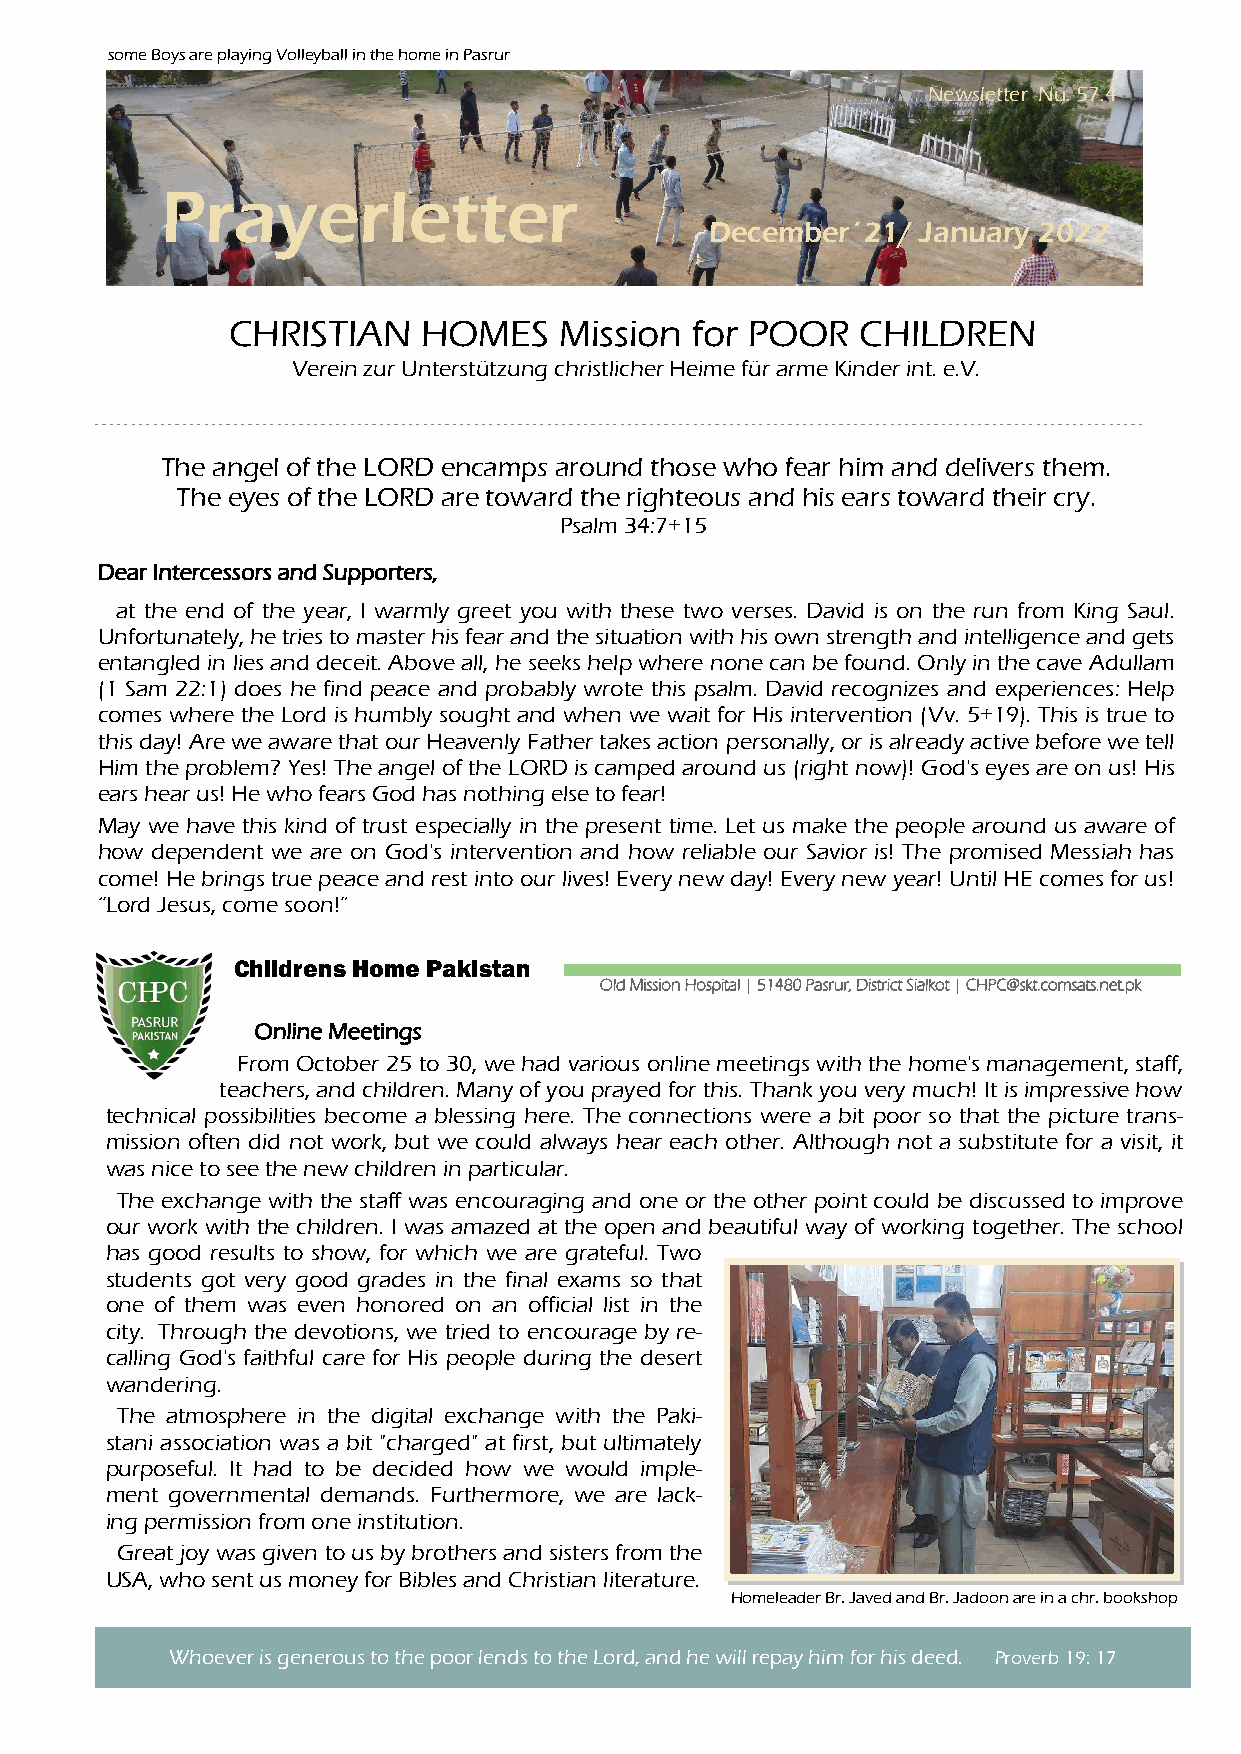
some Boys are playing Volleyball in the home in Pasrur
 Newsletter Nu. 57.4
 Prayerletter
 December´21/  January 2022
 CHRISTIAN    HOMES    Mission  for POOR   CHILDREN
 Verein zur Unterstützung christlicher Heime für arme Kinder int. e.V.
 The angel of the LORD encamps around those who fear him and delivers them.
 The eyes of the LORD are toward the righteous and his ears toward their cry.
 Psalm 34:7+15
 Dear Intercessors and Supporters,
 at the end of the year, I warmly greet you with these two verses. David is on the run from King Saul.
 Unfortunately, he tries to master his fear and the situation with his own strength and intelligence and gets
 entangled in lies and deceit. Above all, he seeks help where none can be found. Only in the cave Adullam
 (1 Sam 22:1) does he find peace and probably wrote this psalm. David recognizes and experiences: Help
 comes where the Lord is humbly sought and when we wait for His intervention (Vv. 5+19). This is true to
 this day! Are we aware that our Heavenly Father takes action personally, or is already active before we tell
 Him the problem? Yes! The angel of the LORD is camped around us (right now)! God's eyes are on us! His
 ears hear us! He who fears God has nothing else to fear!
 May we have this kind of trust especially in the present time. Let us make the people around us aware of
 how dependent we are on God's intervention and how reliable our Savior is! The promised Messiah has
 come! He brings true peace and rest into our lives! Every new day! Every new year! Until HE comes for us!
 “Lord Jesus, come soon!”
 Childrens Home Pakistan
 Old Mission Hospital | 51480 Pasrur, Dis trict Sialkot | CHPC@skt.comsats.net.pk
 Online Meetings
 From October 25 to 30, we had various online meetings with the home's management, staff,
 teachers, and children. Many of you prayed for this. Thank you very much! It is impressive how
 technical possibilities become a blessing here. The connections were a bit poor so that the picture trans-
 mission often did not work, but we could always hear each other. Although not a substitute for a visit, it
 was nice to see the new children in particular.
 The exchange with the staff was encouraging and one or the other point could be discussed to improve
 our work with the children. I was amazed at the open and beautiful way of working together. The school
 has good results to show, for which we are grateful. Two
 students got very good grades in the final exams so that
 one of them was even honored on an official list in the
 city. Through the devotions, we tried to encourage by re-
 calling God's faithful care for His people during the desert
 wandering.
 The atmosphere in the digital exchange with the Paki-
 stani association was a bit "charged" at first, but ultimately
 purposeful. It had to be decided how we would imple-
 ment governmental demands. Furthermore, we are lack-
 ing permission from one institution.
 Great joy was given to us by brothers and sisters from the
 USA, who sent us money for Bibles and Christian literature.
 Homeleader Br. Javed and Br. Jadoon are in a chr. bookshop
 Whoever is generous to the poor lends to the Lord, and he will repay him for his deed. Proverb 19: 17